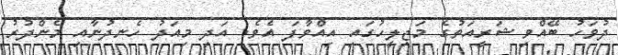
ދުވަހު ބޭއްވި ޝަރީއަތުގެ މަޖިލީހުގައި އިއްވާފަ އެވެ. އަދި މިއަދު ހެނދުނާއި މެންދުރު